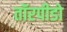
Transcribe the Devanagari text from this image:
तॉरपीडो